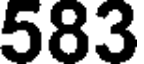
583